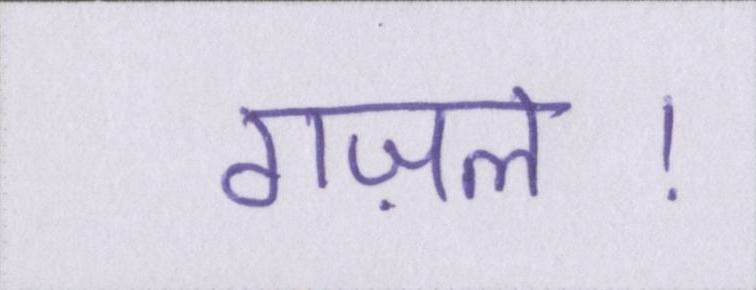
गज़ल।